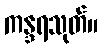
ကန္ဒရသုတ်။